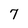
Character: 7